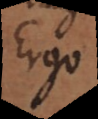
Ergo